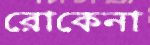
রোকেনা